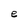
Character: e